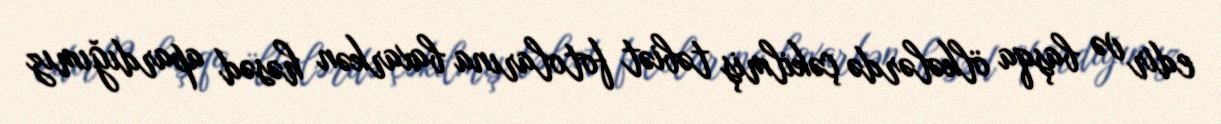
edir və başqa ölkələrdə çəkilmiş təbiət fotolarına baxarkən həsəd apardığımız